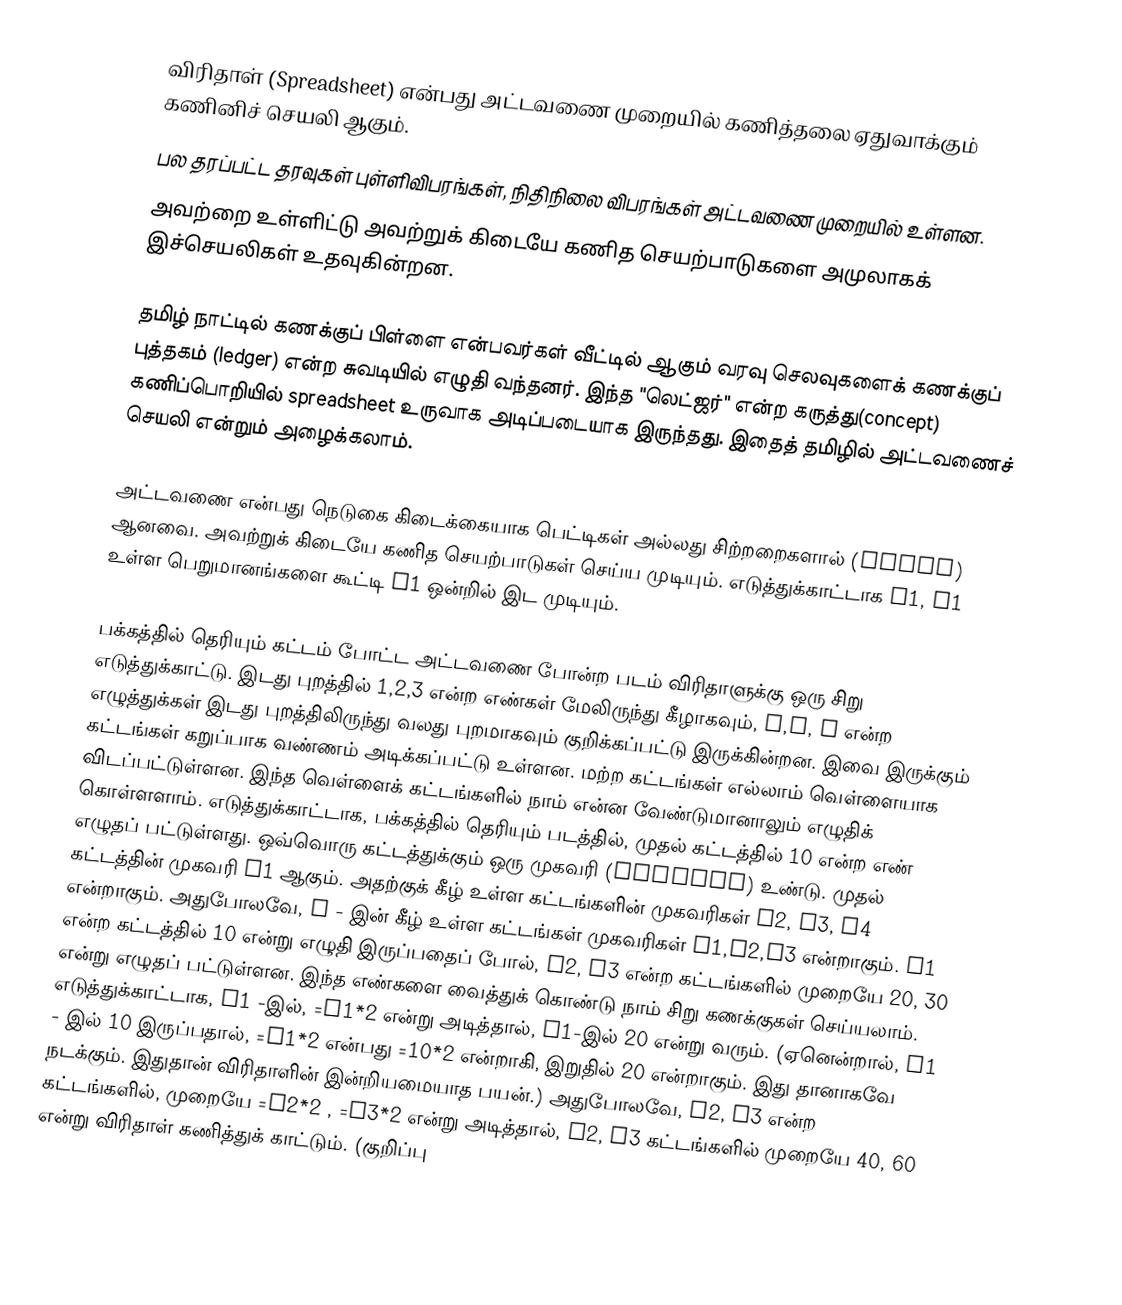
விரிதாள் (Spreadsheet) என்பது அட்டவணை முறையில் கணித்தலை ஏதுவாக்கும் கணினிச் செயலி ஆகும்.
பல தரப்பட்ட தரவுகள் புள்ளிவிபரங்கள், நிதிநிலை விபரங்கள் அட்டவணை முறையில் உள்ளன.
அவற்றை உள்ளிட்டு அவற்றுக் கிடையே கணித செயற்பாடுகளை அமுலாகக் இச்செயலிகள் உதவுகின்றன.

தமிழ் நாட்டில் கணக்குப் பிள்ளை என்பவர்கள் வீட்டில் ஆகும் வரவு செலவுகளைக் கணக்குப் புத்தகம் (ledger) என்ற சுவடியில் எழுதி வந்தனர். இந்த "லெட்ஜர்" என்ற கருத்து(concept)   கணிப்பொறியில் spreadsheet உருவாக அடிப்படையாக இருந்தது. இதைத் தமிழில் அட்டவணைச் செயலி என்றும் அழைக்கலாம்.

அட்டவணை என்பது நெடுகை கிடைக்கையாக பெட்டிகள் அல்லது சிற்றறைகளால் (cells) ஆனவை. அவற்றுக் கிடையே கணித செயற்பாடுகள் செய்ய முடியும். எடுத்துக்காட்டாக A1, B1 உள்ள பெறுமானங்களை கூட்டி C1 ஒன்றில் இட முடியும்.

பக்கத்தில் தெரியும் கட்டம் போட்ட அட்டவணை போன்ற படம் விரிதாளுக்கு ஒரு சிறு எடுத்துக்காட்டு. இடது புறத்தில் 1,2,3 என்ற எண்கள் மேலிருந்து கீழாகவும், A,B, C என்ற எழுத்துக்கள் இடது புறத்திலிருந்து வலது புறமாகவும் குறிக்கப்பட்டு இருக்கின்றன. இவை இருக்கும் கட்டங்கள் கறுப்பாக வண்ணம் அடிக்கப்பட்டு உள்ளன. மற்ற கட்டங்கள் எல்லாம் வெள்ளையாக விடப்பட்டுள்ளன. இந்த வெள்ளைக் கட்டங்களில் நாம் என்ன வேண்டுமானாலும் எழுதிக் கொள்ளளாம். எடுத்துக்காட்டாக, பக்கத்தில் தெரியும் படத்தில், முதல் கட்டத்தில் 10 என்ற எண் எழுதப் பட்டுள்ளது. ஒவ்வொரு கட்டத்துக்கும் ஒரு முகவரி (address) உண்டு. முதல் கட்டத்தின் முகவரி A1 ஆகும். அதற்குக் கீழ் உள்ள கட்டங்களின் முகவரிகள் A2, A3, A4 என்றாகும். அதுபோலவே, B - இன் கீழ் உள்ள கட்டங்கள் முகவரிகள் B1,B2,B3 என்றாகும். A1 என்ற கட்டத்தில் 10 என்று எழுதி இருப்பதைப் போல், A2, A3 என்ற கட்டங்களில் முறையே 20, 30 என்று எழுதப் பட்டுள்ளன. இந்த எண்களை வைத்துக் கொண்டு நாம் சிறு கணக்குகள் செய்யலாம். எடுத்துக்காட்டாக, B1 -இல், =A1*2 என்று அடித்தால், B1-இல் 20 என்று வரும். (ஏனென்றால், A1 - இல் 10 இருப்பதால், =A1*2 என்பது =10*2 என்றாகி, இறுதில் 20 என்றாகும். இது தானாகவே நடக்கும். இதுதான் விரிதாளின் இன்றியமையாத பயன்.) அதுபோலவே, B2, B3 என்ற கட்டங்களில், முறையே =A2*2 , =A3*2 என்று அடித்தால், B2, B3 கட்டங்களில் முறையே 40, 60 என்று விரிதாள் கணித்துக் காட்டும். (குறிப்பு